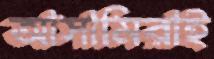
আসামিরাই